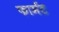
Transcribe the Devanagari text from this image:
फार्मट